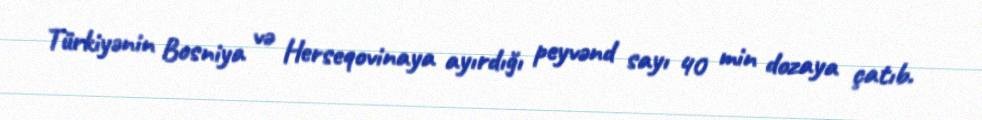
Türkiyənin Bosniya və Herseqovinaya ayırdığı peyvənd sayı 40 min dozaya çatıb.